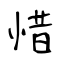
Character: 惜